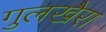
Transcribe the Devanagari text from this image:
गुलखैरा